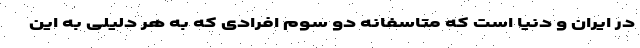
در ایران و دنیا است که متاسفانه دو سوم افرادی که به هر دلیلی به این